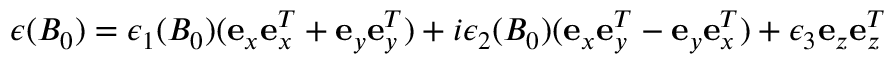
\boldsymbol { \epsilon } ( B _ { 0 } ) = \epsilon _ { 1 } ( B _ { 0 } ) ( { \mathbf e } _ { x } { \mathbf e } _ { x } ^ { T } + { \mathbf e } _ { y } { \mathbf e } _ { y } ^ { T } ) + i \epsilon _ { 2 } ( B _ { 0 } ) ( { \mathbf e } _ { x } { \mathbf e } _ { y } ^ { T } - { \mathbf e } _ { y } { \mathbf e } _ { x } ^ { T } ) + \epsilon _ { 3 } { \mathbf e } _ { z } { \mathbf e } _ { z } ^ { T }